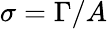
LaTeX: \sigma=\Gamma/A